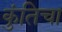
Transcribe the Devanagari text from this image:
कुंतिचा